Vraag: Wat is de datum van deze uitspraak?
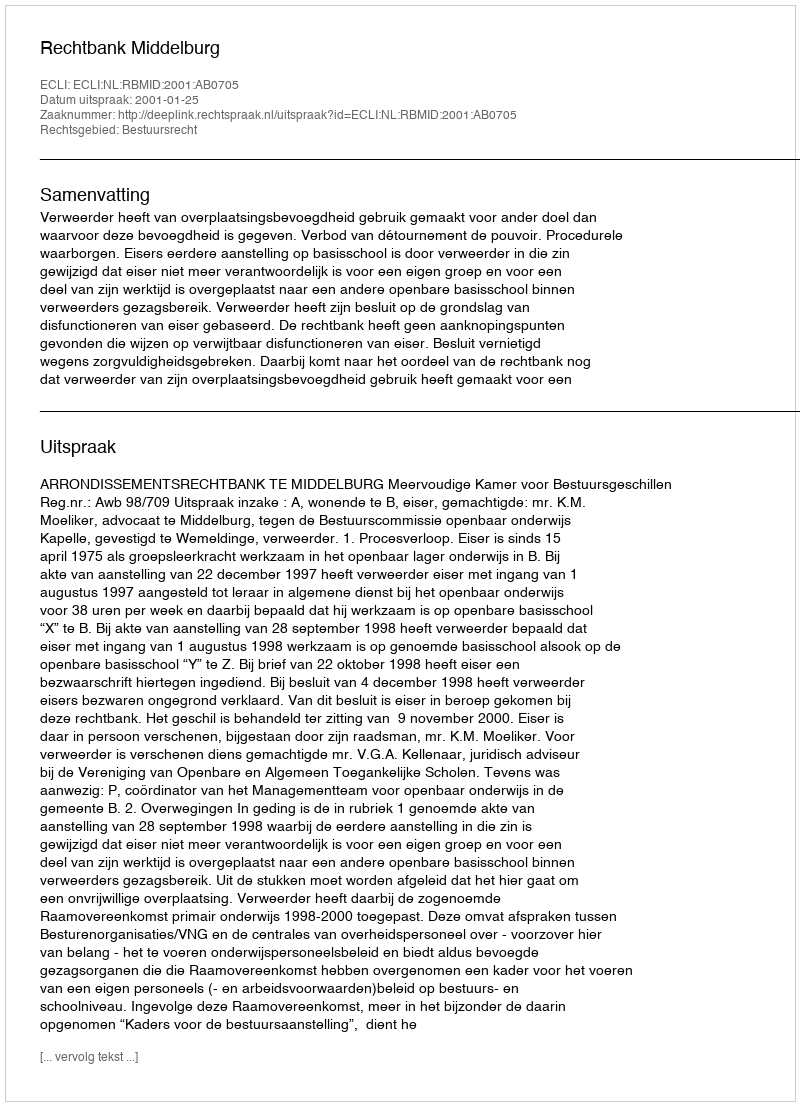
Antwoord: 2001-01-25